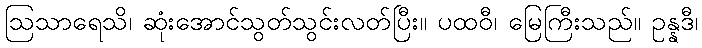
ဩသာရေသိ၊ ဆုံးအောင်သွတ်သွင်းလတ်ပြီး။ ပထဝီ၊ မြေကြီးသည်။ ဥန္နဒီ၊